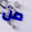
من